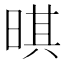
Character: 𣈒